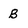
Character: B